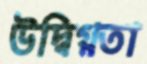
উদ্বিগ্নতা